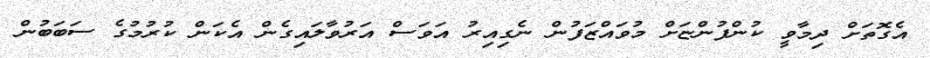
އެގޮތަށް ދިމާވީ ކުންފުންޏަށް މުވައްޒަފުން ނެގިއިރު އަވަސް އަރުވާލައިގެން އެކަން ކުރުމުގެ ސަބަބުން